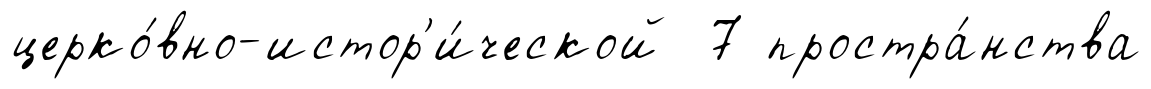
церко́вно-истор'и́ческой 7 простра́нства